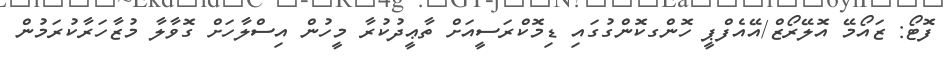
ފޮޓޯ: ޒައޯމޭ އޮލޭރޯޒް/އޭއެފްޕީ ހޮންގކޮންގުގައި ޑިމޮކްރަސީއަށް ތާޢީދުކުރާ މީހުން އިސްލާހަށް ގޮވާލާ މުޒާހަރާކުރަމުން